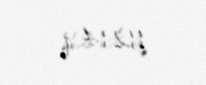
112,14 q